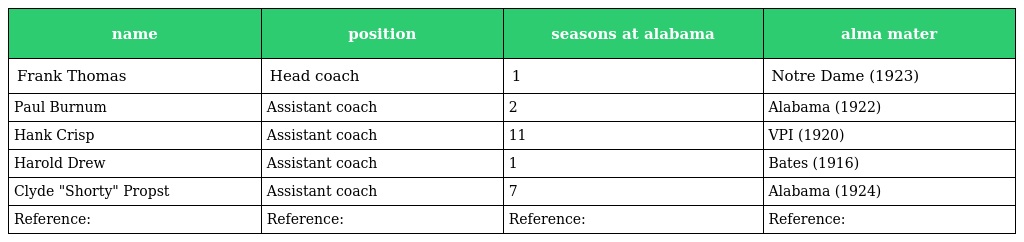
| name | position | seasons at alabama | alma mater |
 | --- | --- | --- | --- |
 | Frank Thomas | Head coach | 1 | Notre Dame (1923) |
 | Paul Burnum | Assistant coach | 2 | Alabama (1922) |
 | Hank Crisp | Assistant coach | 11 | VPI (1920) |
 | Harold Drew | Assistant coach | 1 | Bates (1916) |
 | Clyde "Shorty" Propst | Assistant coach | 7 | Alabama (1924) |
 | Reference: | Reference: | Reference: | Reference: |